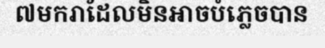
៧មករាដែលមិនអាចបំភ្លេចបាន